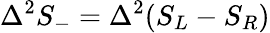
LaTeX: \Delta^{2}S_{-}=\Delta^{2}(S_{L}-S_{R})